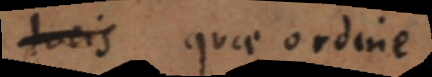
locis quae ordine